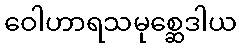
ဝေါဟာရသမုစ္ဆေဒါယ